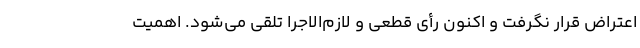
اعتراض قرار نگرفت و اکنون رأی قطعی و لازم‌الاجرا تلقی می‌شود. اهمیت